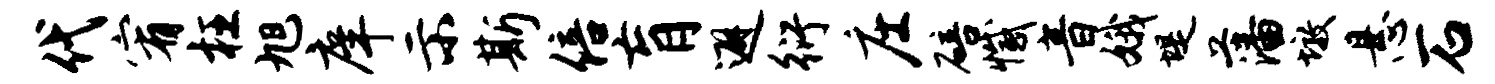
代宥枉旭庠示斯倍肓避衍庄碚撼音娥堤藩墩悬石